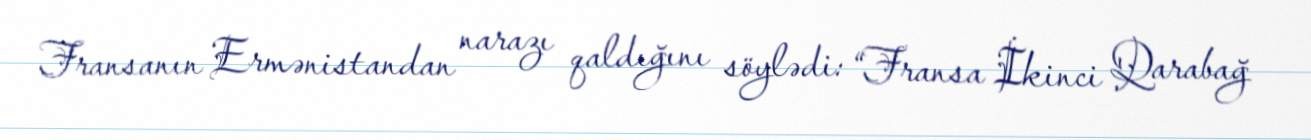
Fransanın Ermənistandan narazı qaldığını söylədi: “Fransa İkinci Qarabağ